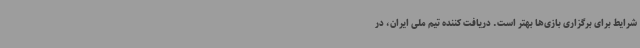
شرایط برای برگزاری بازی‌ها بهتر است. دریافت کننده تیم ملی ایران، در